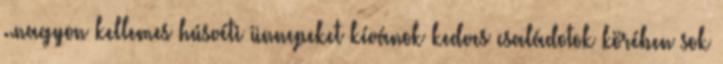
..nagyon kellemes húsvéti ünnepeket kívánok kedves családotok körében sok